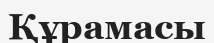
Құрамасы